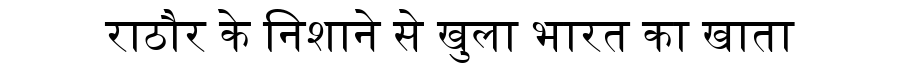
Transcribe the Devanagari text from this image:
राठौर के निशाने से खुला भारत का खाता